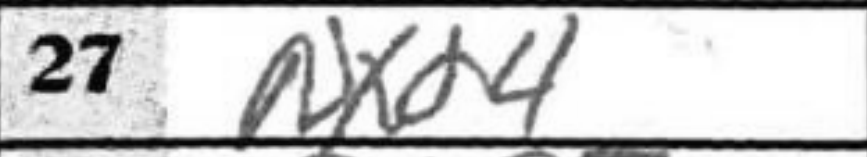
Transcription: Nxd4